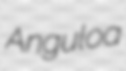
Anguloa